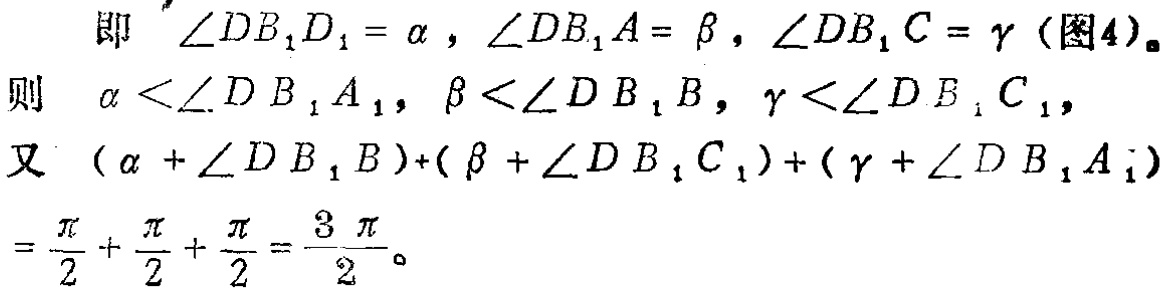
即 $\angle DB_{1}D_{1}=\alpha,\angle DB_{1}A = \beta,\angle DB_{1}C=\gamma$ (图4)。
则 $\alpha < \angle DB_{1}A_{1},\beta < \angle DB_{1}B,\gamma < \angle DB_{1}C_{1}$,
又 $(\alpha+\angle DB_{1}B)+(\beta + \angle DB_{1}C_{1})+(\gamma+\angle DB_{1}A_{1})$
$=\frac{\pi}{2}+\frac{\pi}{2}+\frac{\pi}{2}=\frac{3\pi}{2}$。